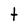
Character: t